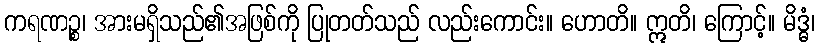
ကရဏဉ္စ၊ အားမရှိသည်၏အဖြစ်ကို ပြုတတ်သည် လည်းကောင်း။ ဟောတိ။ ဣတိ၊ ကြောင့်။ မိဒ္ဓံ၊